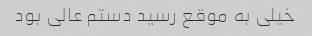
خیلی به موقع رسید دستم عالی بود